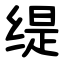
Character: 缇